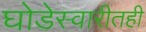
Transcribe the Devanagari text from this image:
घोडेस्वारीतही